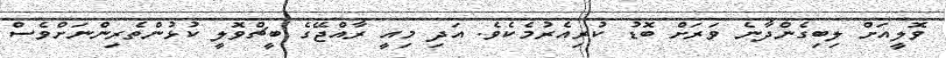
ވޮލީއަށް ލިބިގެންދާނެ ވަރަށް ބޮޑު ކުރިއެރުމެކެވެ. އަދި މިއީ ރާއްޖޭގެ ބީޗްވޮލީ ކުޅުންތެރިންނަށްވެސް